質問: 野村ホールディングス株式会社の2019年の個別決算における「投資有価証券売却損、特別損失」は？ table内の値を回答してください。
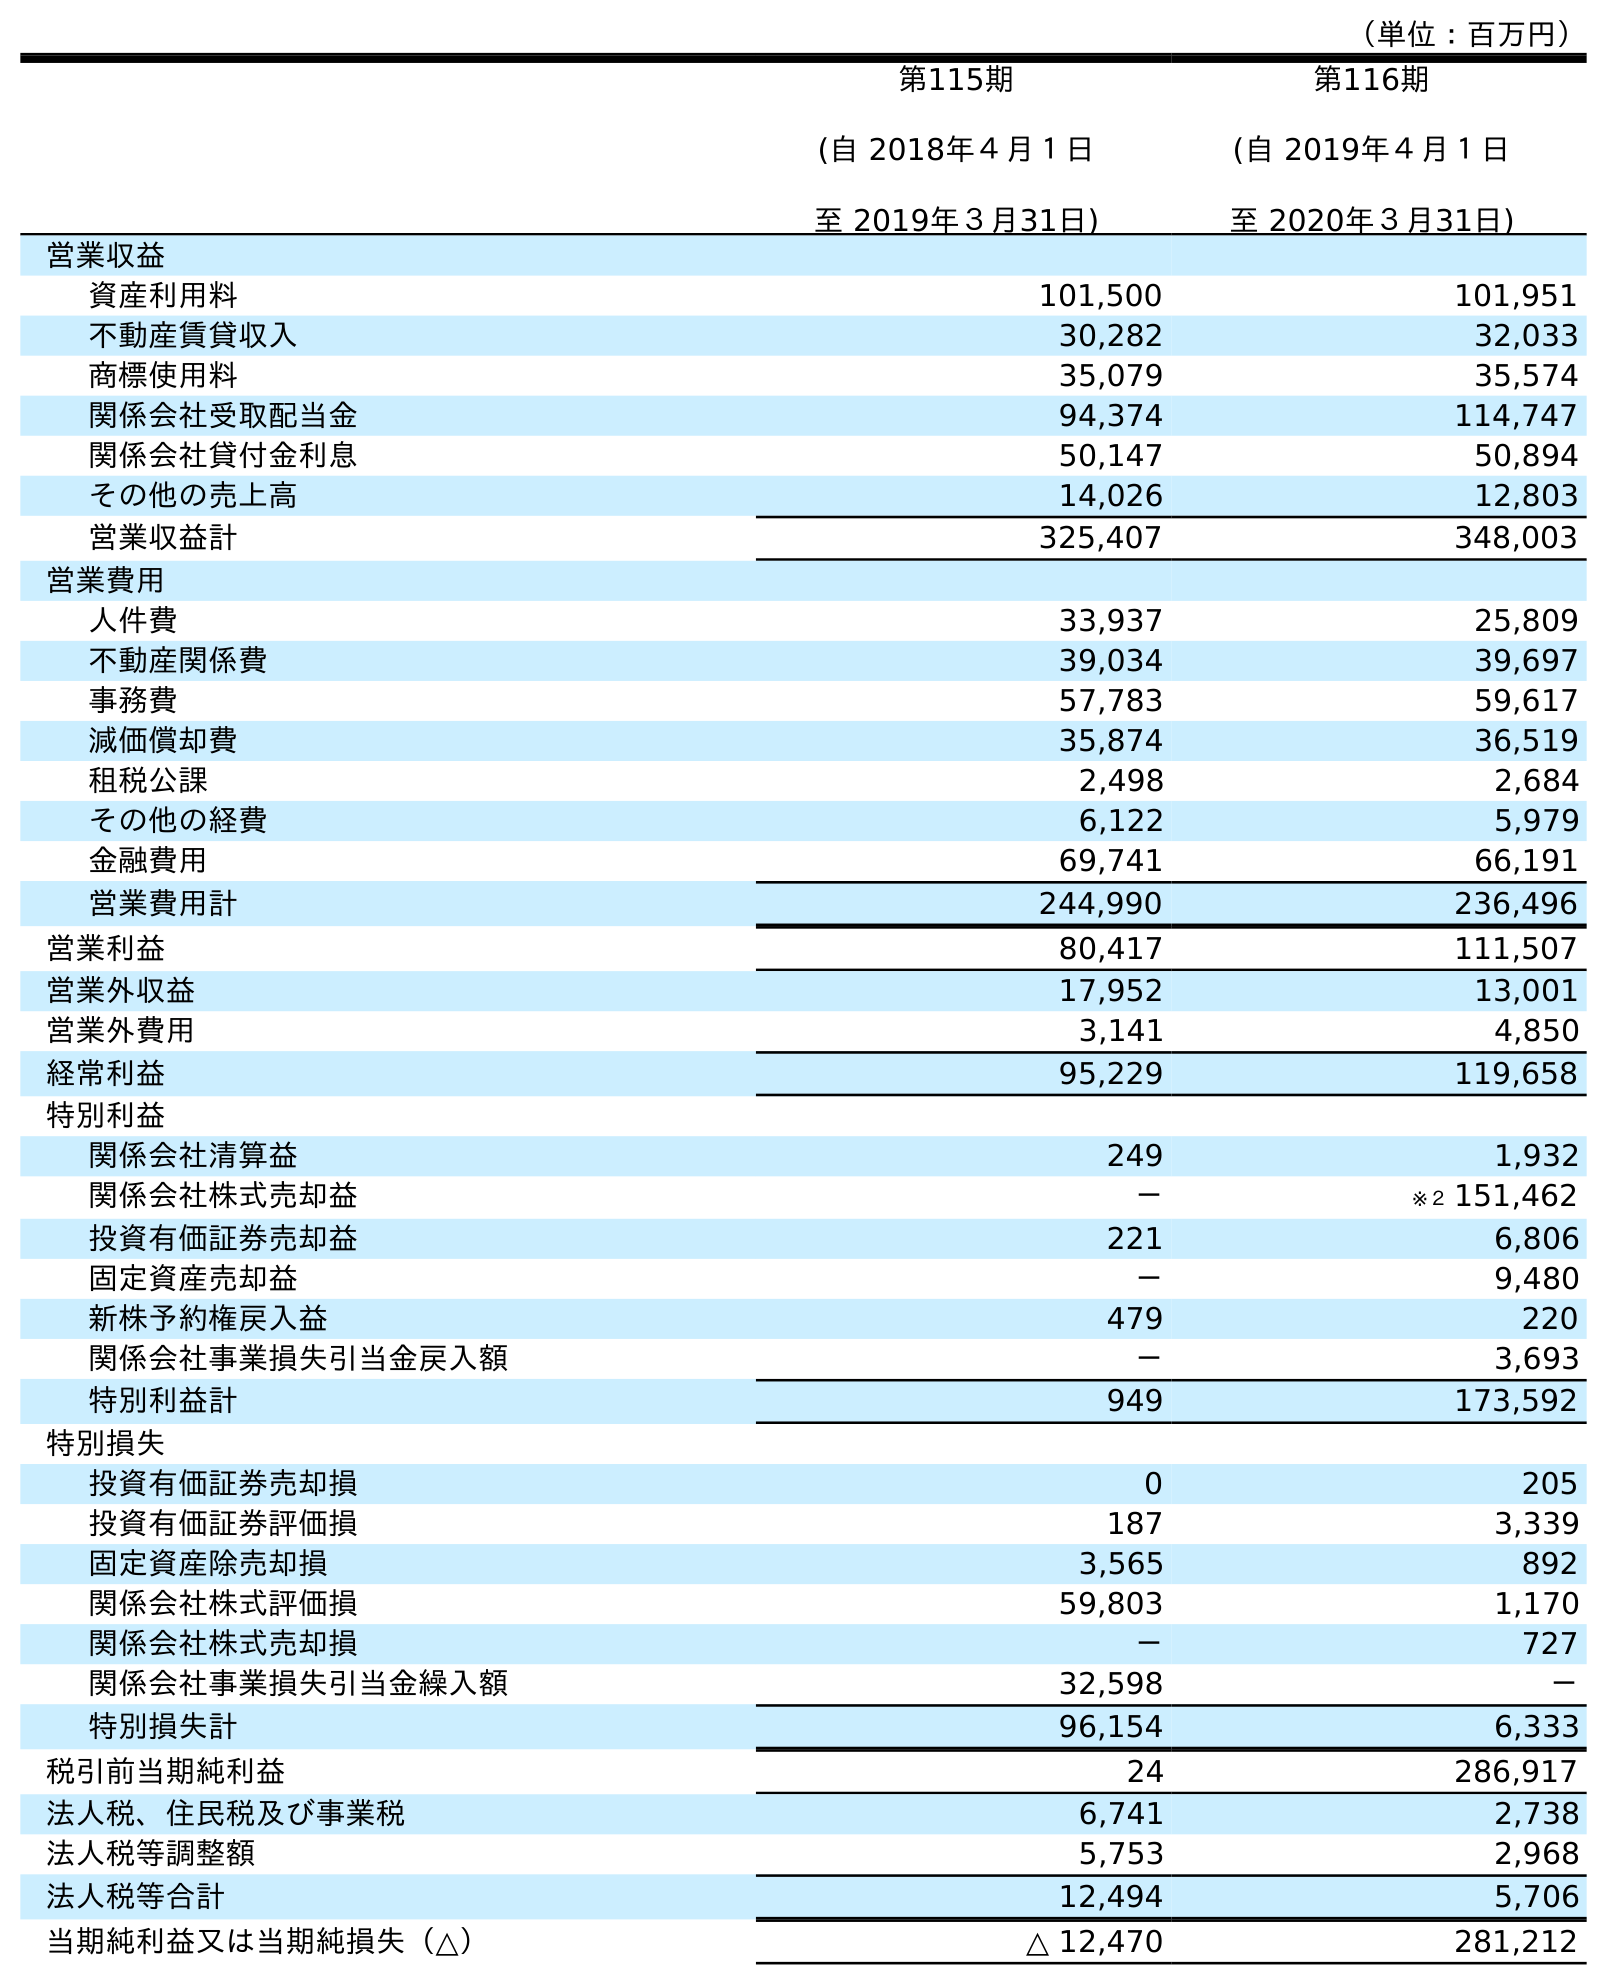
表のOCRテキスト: （単位：百万円） 第115期 (自 2018年４月１日 至 2019年３月31日) 第116期 (自 2019年４月１日 至 2020年３月31日) 営業収益 資産利用料 101,500 101,951 不動産賃貸収入 30,282 32,033 商標使用料 35,079 35,574 関係会社受取配当金 94,374 114,747 関係会社貸付金利息 50,147 50,894 その他の売上高 14,026 12,803 営業収益計 325,407 348,003 営業費用 人件費 33,937 25,809 不動産関係費 39,034 39,697 事務費 57,783 59,617 減価償却費 35,874 36,519 租税公課 2,498 2,684 その他の経費 6,122 5,979 金融費用 69,741 66,191 営業費用計 244,990 236,496 営業利益 80,417 111,507 営業外収益 17,952 13,001 営業外費用 3,141 4,850 経常利益 95,229 119,658 特別利益 関係会社清算益 249 1,932 関係会社株式売却益 － ※２ 151,462 投資有価証券売却益 221 6,806 固定資産売却益 － 9,480 新株予約権戻入益 479 220 関係会社事業損失引当金戻入額 － 3,693 特別利益計 949 173,592 特別損失 投資有価証券売却損 0 205 投資有価証券評価損 187 3,339 固定資産除売却損 3,565 892 関係会社株式評価損 59,803 1,170 関係会社株式売却損 － 727 関係会社事業損失引当金繰入額 32,598 － 特別損失計 96,154 6,333 税引前当期純利益 24 286,917 法人税、住民税及び事業税 6,741 2,738 法人税等調整額 5,753 2,968 法人税等合計 12,494 5,706 当期純利益又は当期純損失（△） △ 12,470 281,212
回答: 0